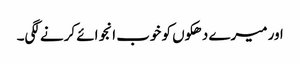
اور میرے دھکوں کو خوب انجوائے کرنے لگی۔